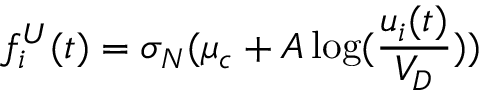
f _ { i } ^ { U } ( t ) = \sigma _ { N } ( \mu _ { c } + A \log ( \frac { u _ { i } ( t ) } { V _ { D } } ) )